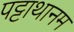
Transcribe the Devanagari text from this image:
पट्टाथानम